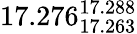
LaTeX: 17.276_{17.263}^{17.288}